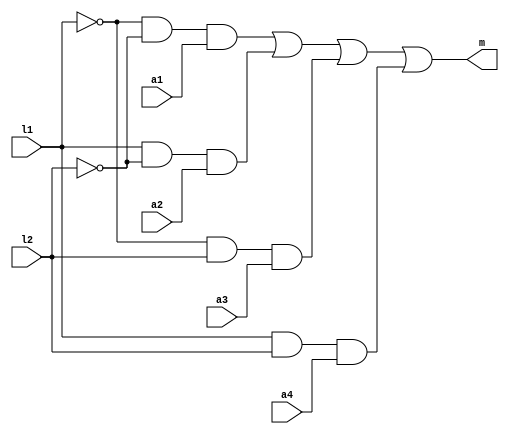
module mux41(
output m,
input a1,a2,a3,a4,l1,l2
);
    wire l1n,l2n;
    //not(l1n,l1);
    assign l1n=~l1;
    //not(l2n,l2);
    assign l2n=~l2;
    wire b1,b2,b3,b4;
    assign b1=l1n&l2n&a1;
    assign b2=l1&l2n&a2;
    assign b3=l1n&l2&a3;
    assign b4=l1&l2&a4;
    assign m=b1|b2|b3|b4;
endmodule